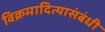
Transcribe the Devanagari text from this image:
विक्रमादित्यासंबंधी